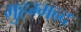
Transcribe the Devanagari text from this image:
मुहम्मन्द